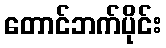
တောင်ဘက်ပိုင်း